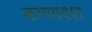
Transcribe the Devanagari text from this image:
कण्णश्श